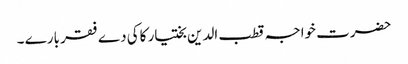
حضرت خواجہ قطب الدین بختیار کاکی دے فقر بارے ۔